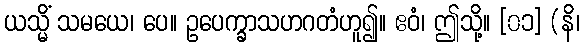
ယသ္မိံ သမယေ၊ ပေ။ ဥပေက္ခာသဟဂတံဟူ၍။ ဧဝံ၊ ဤသို့။ [၀၁] (နိ၊